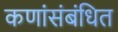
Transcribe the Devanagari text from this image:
कणांंसंबंधित